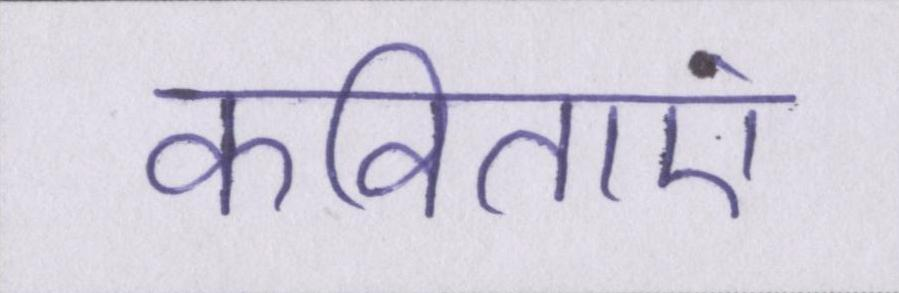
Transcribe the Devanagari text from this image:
कविताएं